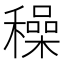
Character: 䆆